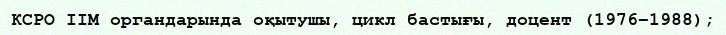
КСРО ІІМ органдарында оқытушы, цикл бастығы, доцент (1976–1988);